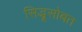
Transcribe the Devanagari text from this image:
सिद्धूसोबत